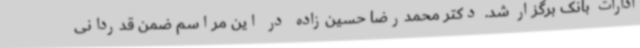
ادارات بانک برگزار شد. دکتر محمدرضا حسین‌زاده در این مراسم ضمن قدردانی